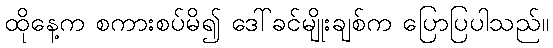
ထိုနေ့က စကားစပ်မိ၍ ဒေါ်ခင်မျိုးချစ်က ပြောပြပါသည်။